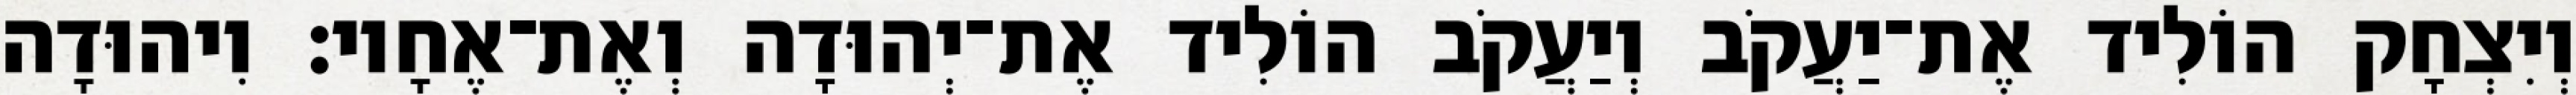
וְיִצְחָק הוֹלִיד אֶת־יַעֲקֹב וְיַעֲקֹב הוֹלִיד אֶת־יְהוּדָה וְאֶת־אֶחָיו׃ וִיהוּדָה